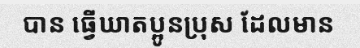
បាន ធ្វើឃាតប្អូនប្រុស ដែលមាន